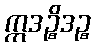
ဣဒဉ္စိဒဉ္စ